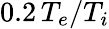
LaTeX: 0.2\, T_{e}/T_{i}